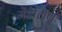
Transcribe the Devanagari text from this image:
मेंडेलिव